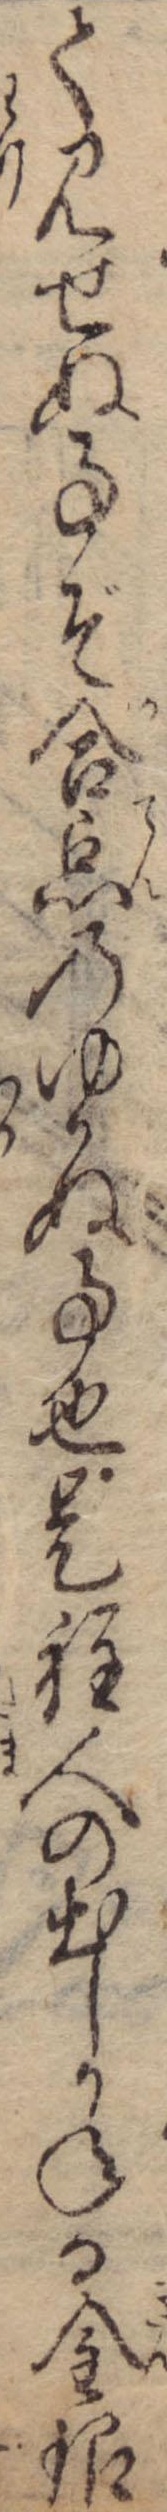
て見せぬ事ぞ合点のゆかぬ事也是程人の出しかねる金銀